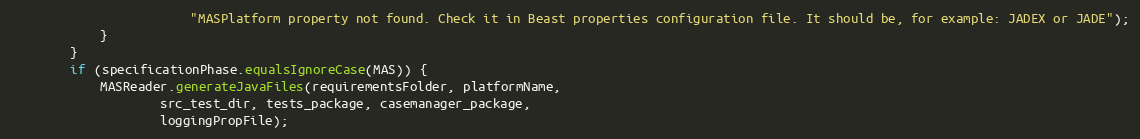
Language: Java
                        "MASPlatform property not found. Check it in Beast properties configuration file. It should be, for example: JADEX or JADE");
            }
        }
        if (specificationPhase.equalsIgnoreCase(MAS)) {
            MASReader.generateJavaFiles(requirementsFolder, platformName,
                    src_test_dir, tests_package, casemanager_package,
                    loggingPropFile);